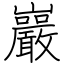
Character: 巖